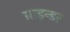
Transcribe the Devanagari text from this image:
ग्राइन्डर